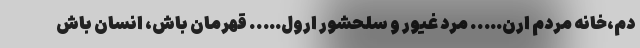
دم،خانه مردم ارن….. مرد غیور و سلحشور ارول….. قهرمان باش، انسان باش